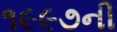
૧૯૯૭ની